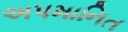
અપમાનિત